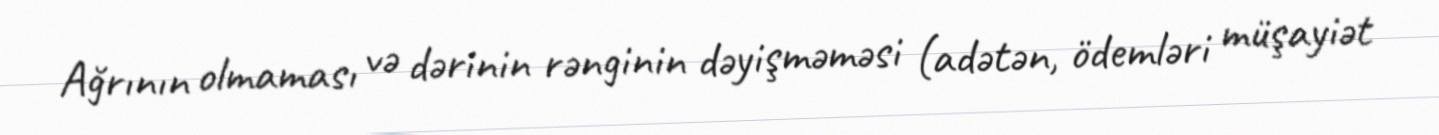
Ağrının olmaması və dərinin rənginin dəyişməməsi (adətən, ödemləri müşayiət